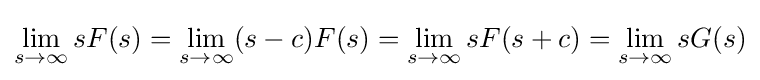
\lim _{s\to \infty }sF(s)=\lim _{s\to \infty }(s-c)F(s)=\lim _{s\to \infty }sF(s+c)=\lim _{s\to \infty }sG(s)